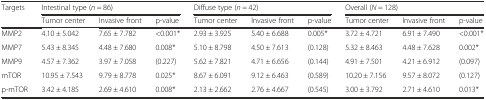
<table><thead><tr><td><b>Targets</b></td><td colspan="3"><b>Intestinal type (<i>n</i> = 86)</b></td><td colspan="3"><b>Diffuse type (<i>n</i> = 42)</b></td><td colspan="3"><b>Overall (<i>N</i> = 128)</b></td></tr><tr><td></td><td><b>Tumor center</b></td><td><b>Invasive front</b></td><td><b>p-value</b></td><td><b>Tumor center</b></td><td><b>Invasive front</b></td><td><b>p-value</b></td><td><b>Tumor center</b></td><td><b>Invasive front</b></td><td><b>p-value</b></td></tr></thead><tbody><tr><td>MMP2</td><td>4.10 ± 5.042</td><td>7.65 ± 7.782</td><td>&lt;0.001*</td><td>2.93 ± 3.925</td><td>5.40 ± 6.688</td><td>0.005*</td><td>3.72 ± 4.721</td><td>6.91 ± 7.490</td><td>&lt;0.001*</td></tr><tr><td>MMP7</td><td>5.43 ± 8.345</td><td>4.48 ± 7.680</td><td>0.008*</td><td>5.10 ± 8.798</td><td>4.50 ± 7.613</td><td>(0.128)</td><td>5.32 ± 8.463</td><td>4.48 ± 7.628</td><td>0.002*</td></tr><tr><td>MMP9</td><td>4.57 ± 7.362</td><td>3.97 ± 7.058</td><td>(0.227)</td><td>5.62 ± 7.821</td><td>4.71 ± 6.656</td><td>(0.144)</td><td>4.91 ± 7.501</td><td>4.21 ± 6.912</td><td>(0.097)</td></tr><tr><td>mTOR</td><td>10.95 ± 7.543</td><td>9.79 ± 8.778</td><td>0.025*</td><td>8.67 ± 6.091</td><td>9.12 ± 6.463</td><td>(0.589)</td><td>10.20 ± 7.156</td><td>9.57 ± 8.072</td><td>(0.127)</td></tr><tr><td>p-mTOR</td><td>3.42 ± 4.185</td><td>2.69 ± 4.610</td><td>0.008*</td><td>2.13 ± 2.662</td><td>2.76 ± 4.667</td><td>(0.545)</td><td>3.00 ± 3.792</td><td>2.71 ± 4.610</td><td>0.013*</td></tr></tbody></table>